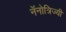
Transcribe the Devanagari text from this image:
नॅनोत्रिज्यी